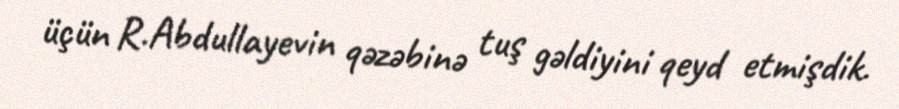
üçün R.Abdullayevin qəzəbinə tuş gəldiyini qeyd etmişdik.